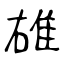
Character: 䧺